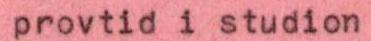
provtid i studion